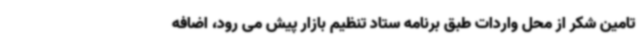
تامین شکر از محل واردات طبق برنامه ستاد تنظیم بازار پیش می رود، اضافه